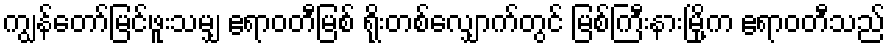
ကျွန်တော်မြင်ဖူးသမျှ ဧရာဝတီမြစ် ရိုးတစ်လျှောက်တွင် မြစ်ကြီးနားမြို့က ဧရာဝတီသည်